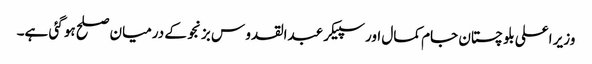
وزیر اعلی بلو چستان جام کمال اور سپیکر عبدالقدو س بزنجو کے درمیان صلح ہو گئی ہے۔